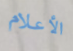
الأعلام